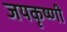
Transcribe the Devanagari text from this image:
जयकृष्णी